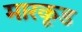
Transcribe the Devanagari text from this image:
मारकूड